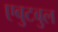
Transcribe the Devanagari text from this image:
एबुटबुल